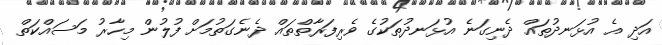
އަދި އެ އުޅަނދުތައް ދެނިގަނެ އުޅަނދުތަކުގެ ވެރިފަރާތްތައް ދެނެގަތުމަށް ފުލުުން މިހާރު މަސައްކަތް